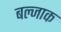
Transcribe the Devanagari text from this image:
बल्जाक